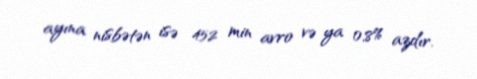
ayına nisbətən isə 452 min avro və ya 0,8% azdır.